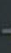
-